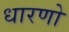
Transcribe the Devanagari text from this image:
धारणो